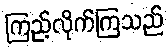
ကြည့်လိုက်ကြသည်